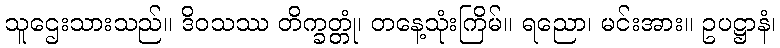
သူဌေးသားသည်။ ဒိဝသဿ တိက္ခတ္တုံ၊ တနေ့သုံးကြိမ်။ ရညော၊ မင်းအား။ ဥပဋ္ဌာနံ၊